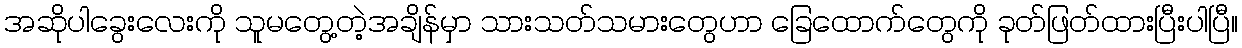
အဆိုပါခွေးလေးကို သူမတွေ့တဲ့အချိန်မှာ သားသတ်သမားတွေဟာ ခြေထောက်တွေကို ခုတ်ဖြတ်ထားပြီးပါပြီ။